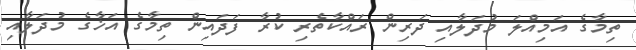
ތިމާގެ އަމިއްލަ މުދަލާއި ދަރިން ރައްކާތެރި ކުރާ ފަދައިން ތިމާގެ އަޚާގެ މުދަލާއި